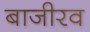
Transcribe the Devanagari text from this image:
बाजीरव